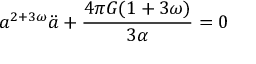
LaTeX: a ^ { 2 + 3 \omega } \ddot { a } + \frac { 4 \pi G ( 1 + 3 \omega ) } { 3 \alpha } = 0